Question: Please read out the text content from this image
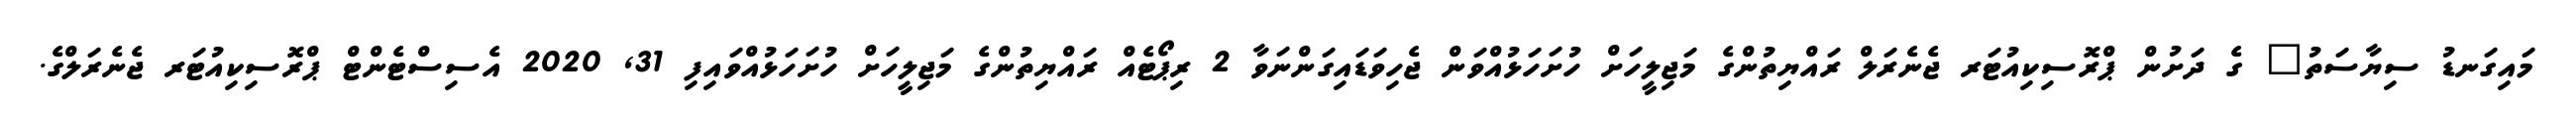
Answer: މައިގަނޑު ސިޔާސަތު" ގެ ދަށުން ޕްރޮސިކިއުޓަރ ޖެނެރަލް ރައްޔިތުންގެ މަޖިލީހަށް ހުށަހަޅުއްވަން ޖެހިވަޑައިގަންނަވާ 2 ރިޕޯޓެއް ރައްޔިތުންގެ މަޖިލީހަށް ހުށަހަޅުއްވައިފި 31, 2020 އެސިސްޓެންޓް ޕްރޮސިކިއުޓަރ ޖެނެރަލްގެ.